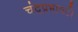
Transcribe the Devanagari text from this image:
चंद्रप्रभावटी